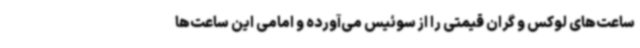
ساعت‌های لوکس و گران‌ قیمتی را از سوئیس می‌آورده و امامی این ساعت‌ها